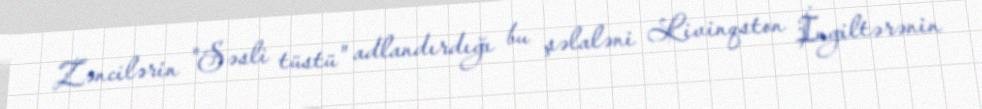
Zəncilərin "Səsli tüstü" adlandırdığı bu şəlaləni Livinqston İngiltərənin